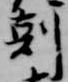
刻